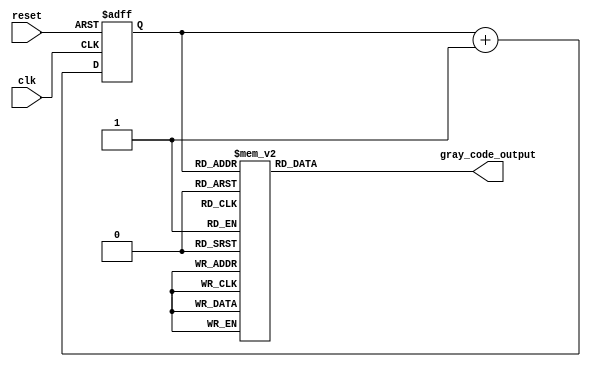
module gray_code_ring_counter(
    input clk,
    input reset,
    output reg[3:0] gray_code_output
);

reg[3:0] gray_code_value;

always @(posedge clk or posedge reset) begin
    if(reset) begin
        gray_code_value <= 4'b0000;
    end else begin
        gray_code_value <= gray_code_value + 4'b0001;
    end
end

always @(*) begin
    case(gray_code_value)
        4'b0000: gray_code_output = 4'b0000;
        4'b0001: gray_code_output = 4'b0001;
        4'b0011: gray_code_output = 4'b0010;
        4'b0010: gray_code_output = 4'b0011;
        4'b0110: gray_code_output = 4'b0100;
        4'b0111: gray_code_output = 4'b0101;
        4'b0101: gray_code_output = 4'b0110;
        4'b0100: gray_code_output = 4'b0111;
        4'b1100: gray_code_output = 4'b1000;
        4'b1101: gray_code_output = 4'b1001;
        4'b1111: gray_code_output = 4'b1010;
        4'b1110: gray_code_output = 4'b1011;
        4'b1010: gray_code_output = 4'b1100;
        4'b1011: gray_code_output = 4'b1101;
        4'b1001: gray_code_output = 4'b1110;
        4'b1000: gray_code_output = 4'b1111;
        default: gray_code_output = 4'bxxxx;
    endcase
end

endmodule